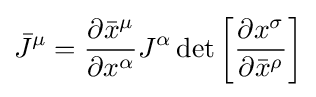
{\bar {J}}^{\mu }={\frac {\partial {\bar {x}}^{\mu }}{\partial x^{\alpha }}}J^{\alpha }\det \left[{\frac {\partial x^{\sigma }}{\partial {\bar {x}}^{\rho }}}\right]